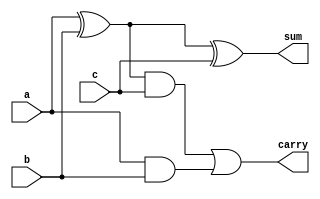
`timescale 1ns / 1ps
//////////////////////////////////////////////////////////////////////////////////
// Company: 
// Engineer: 
// 
// Design Name: 
// Module Name: FA_behavioural
// Project Name: 
// Target Devices: 
// Tool Versions: 
// Description: 
// 
// Dependencies: 
// 
// Revision:
// Revision 0.01 - File Created
// Additional Comments:
// 
//////////////////////////////////////////////////////////////////////////////////


module FA_behavioural(input a,
    input b,
    input c,
    output reg sum,
    output reg carry
    );
    always @(*)
    begin 
    sum = (a^b)^c; 
    carry = (a^b)&c | a&b;
    end
endmodule